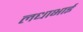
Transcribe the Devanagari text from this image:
लधाभाई